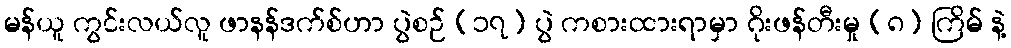
မန်ယူ ကွင်းလယ်လူ ဖာနန်ဒက်စ်ဟာ ပွဲစဉ် (၁၇) ပွဲ ကစားထားရာမှာ ဂိုးဖန်တီးမှု (၈) ကြိမ် နဲ့